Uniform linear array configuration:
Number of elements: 16
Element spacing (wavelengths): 0.25
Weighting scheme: blackman
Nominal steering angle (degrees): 15
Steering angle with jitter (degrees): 15.872
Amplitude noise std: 0.05
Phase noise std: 0.05

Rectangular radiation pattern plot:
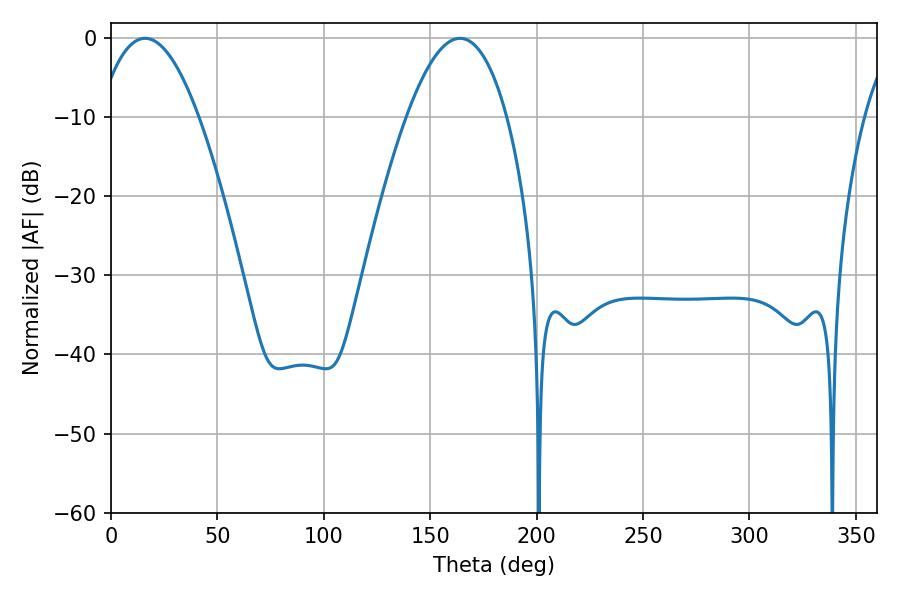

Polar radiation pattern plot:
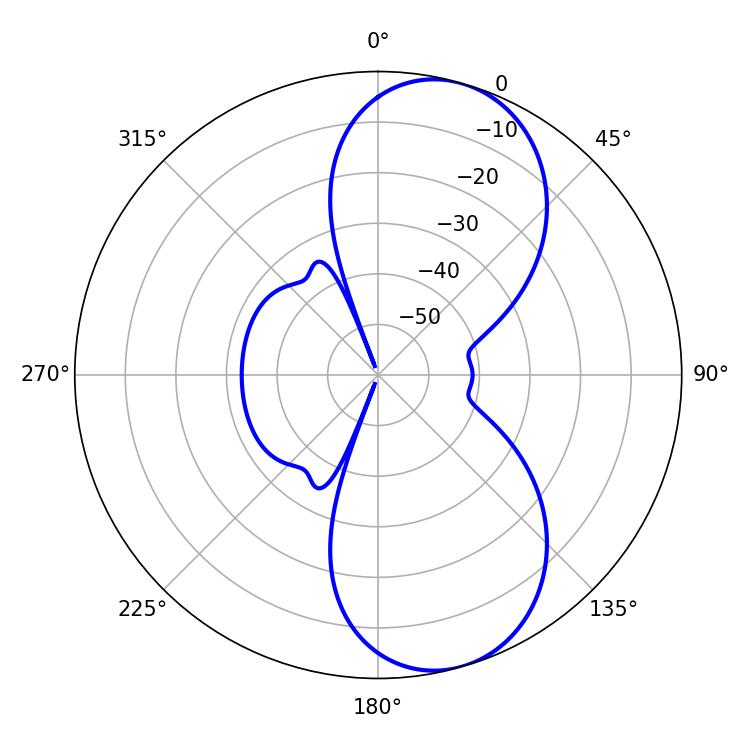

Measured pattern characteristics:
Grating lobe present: FALSE
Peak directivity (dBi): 8.561
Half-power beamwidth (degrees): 25.92
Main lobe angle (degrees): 16.02